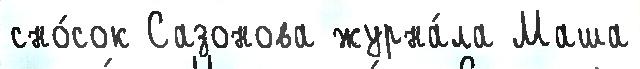
сно́сок Сазонова журна́ла Маша